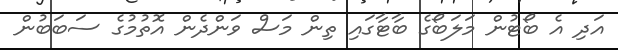
އަދި އެ ބޯޓުން މަލަބޯގެ ބާޓާގައި ތިން މަސް ވަންދެން އޮތުމުގެ ސަބަބުން